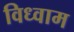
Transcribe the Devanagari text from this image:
विध्वाम